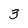
Character: 3